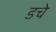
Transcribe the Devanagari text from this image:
डचे